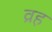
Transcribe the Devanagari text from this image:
व्रह